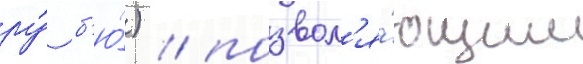
ру́ б'ю́) / позвол'я́ющим